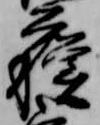
蘇